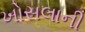
ખોસલાની